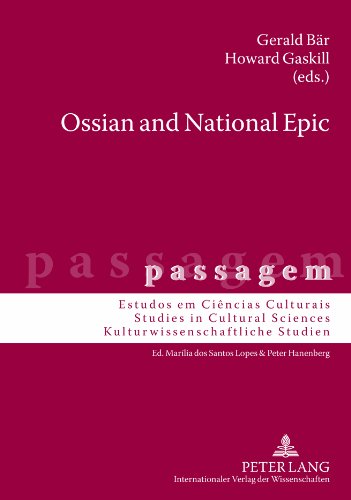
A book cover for Ossian and National Epic (passagem); Literature & Fiction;